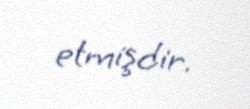
etmişdir.